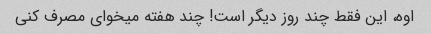
اوه، این فقط چند روز دیگر است! چند هفته میخوای مصرف کنی